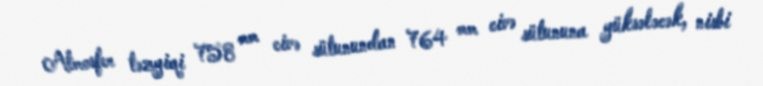
Atmosfer təzyiqi 758 mm civə sütunundan 764 mm civə sütununa yüksələcək, nisbi